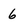
Character: 6